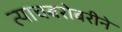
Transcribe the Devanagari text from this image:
त्याचबरोबरीने